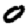
Digit: 0